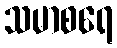
သမာစရေ